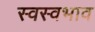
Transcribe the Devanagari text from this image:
स्वस्वभाव